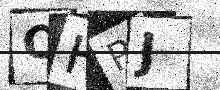
Text: OHRJ